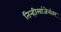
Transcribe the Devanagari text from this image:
तिन्हीसांजेनंतर